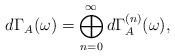
LaTeX: \begin{align*}d\Gamma_A(\omega)=\bigoplus_{n=0}^{\infty}d\Gamma_A^{(n)}(\omega),\end{align*}